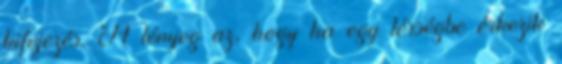
kifejezés. A lényeg az, hogy ha egy térségbe érkezik